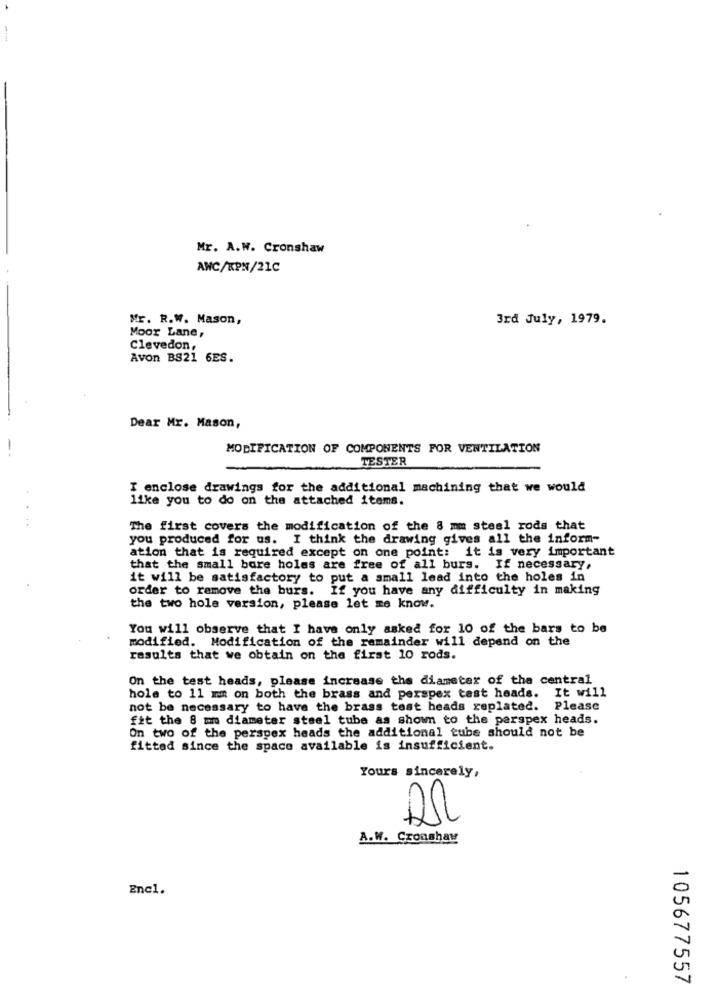
Mr. A.W. Cronshaw
ANC/KPN/21C
Mr. R.W. Mason,
3rd July, 1979.
Moor Lane,
Clevedon,
Avon BS21 6ES.
Dear Mr. Mason,
MODIFICATION OF COMPONENTS FOR VENTILATION
TESTER
I enclose drawings for the additional machining that we would
like you to do on the attached items.
The first covers the modification of the 8 mm steel rods that
you produced for us. I think the drawing gives all the inform-
ation that is required except on one point: it is very important
that the small bore holes are free of all burs. If necessary,
it will be satisfactory to put a small lead into the holes in
order to remove the burs. If you have any difficulty in making
the two hole version, please let me know.
You will observe that I have only asked for 10 of the bars to be
modified. Modification of the remainder will depend on the
results that we obtain on the first 10 rods.
On the test heads, please increase the diameter of the central
hola to 11 mm on both the brass and perspex test heads. It will
not be necessary to have the brass test heads replated. Please
fit the 8 mm diameter steel tube as shown to the parspex heads.
On two of the perspex heads the additional tube should not be
fitted since the space available is insufficient.
Yours sincerely,
A.W. Cronshaw
Encl.
105677557